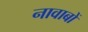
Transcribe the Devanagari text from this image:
नावाबों